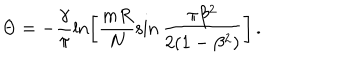
\Theta = - \frac { \gamma } { \pi } \ln \left[ \frac { m R } { N } \sin \frac { \pi \beta ^ { 2 } } { 2 ( 1 - \beta ^ { 2 } ) } \right] \, .